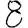
Digit: 8